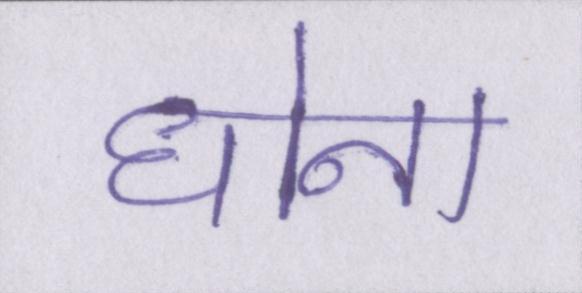
धोना